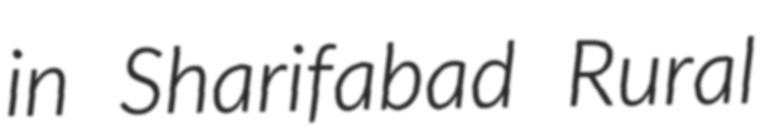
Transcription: in Sharifabad Rural